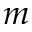
m